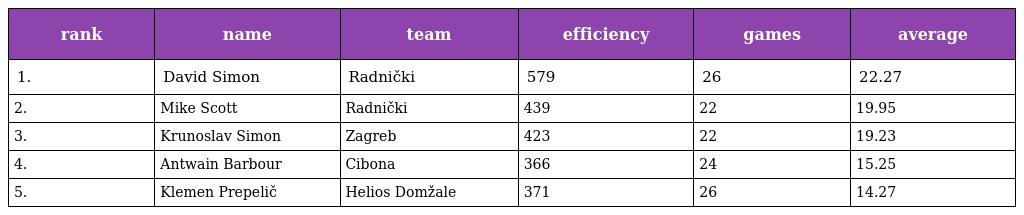
| rank | name | team | efficiency | games | average |
 | --- | --- | --- | --- | --- | --- |
 | 1. | David Simon | Radnički | 579 | 26 | 22.27 |
 | 2. | Mike Scott | Radnički | 439 | 22 | 19.95 |
 | 3. | Krunoslav Simon | Zagreb | 423 | 22 | 19.23 |
 | 4. | Antwain Barbour | Cibona | 366 | 24 | 15.25 |
 | 5. | Klemen Prepelič | Helios Domžale | 371 | 26 | 14.27 |